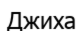
Джиха